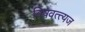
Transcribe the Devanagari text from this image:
विषवत्त्यज